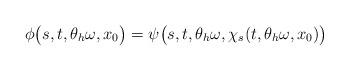
LaTeX: \begin{align*}\phi\big(s,t,\theta_h \omega,x_0\big) = \psi\big(s,t,\theta_h \omega,\chi_s(t,\theta_h \omega,x_0)\big)\end{align*}